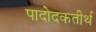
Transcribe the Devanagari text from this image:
पादोदकतीर्थ